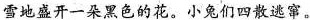
雪地盛开一朵黑色的花。小兔们四散逃窜。